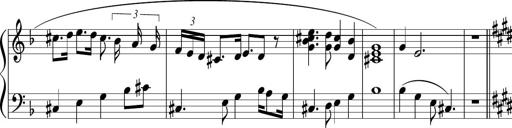
Title: Sonataette
Composer: Gergely Laszlo Matyas Jambor